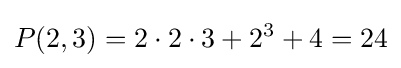
P(2,3)=2\cdot 2\cdot 3+2^{3}+4=24